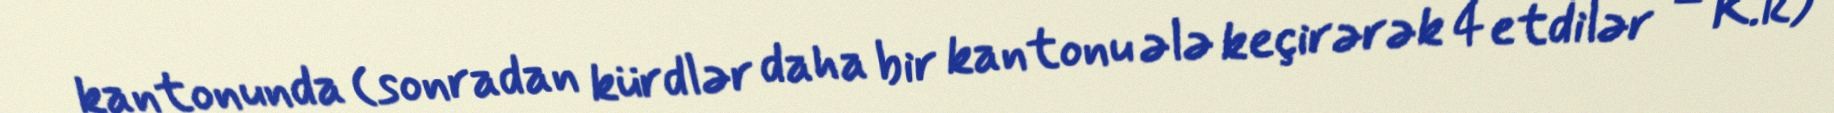
kantonunda (sonradan kürdlər daha bir kantonu ələ keçirərək 4 etdilər – K.R)